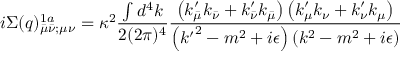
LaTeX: i \Sigma ( q ) _ { \bar { \mu } \bar { \nu } ; \mu \nu } ^ { 1 a } = \kappa ^ { 2 } \frac { \int d ^ { 4 } k } { 2 ( 2 \pi ) ^ { 4 } } \frac { \left( k _ { \bar { \mu } } ^ { \prime } k _ { \bar { \nu } } + k _ { \bar { \nu } } ^ { \prime } k _ { \bar { \mu } } \right) \left( k _ { \mu } ^ { \prime } k _ { \nu } + k _ { \nu } ^ { \prime } k _ { \mu } \right) } { \left( { k ^ { \prime } } ^ { 2 } - m ^ { 2 } + i \epsilon \right) \left( k ^ { 2 } - m ^ { 2 } + i \epsilon \right) }